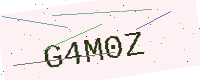
Text: G4M0Z